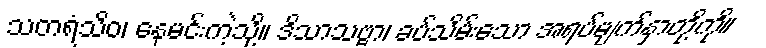
သတရံသိဝ၊ နေမင်းကဲ့သို့။ ဒိသာသဗ္ဗာ၊ ခပ်သိမ်းသော အရပ်မျက်နှာတို့ကို။